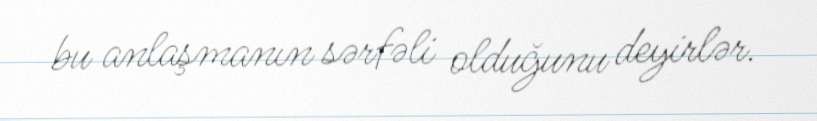
bu anlaşmanın sərfəli olduğunu deyirlər.